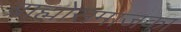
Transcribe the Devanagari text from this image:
ब्राह्मोसमाजका